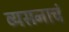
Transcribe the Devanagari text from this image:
व्यसनाचं